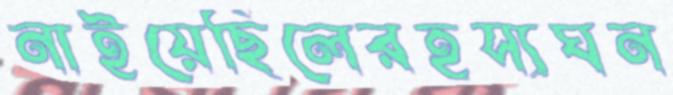
নাইয়েছিলেরহস্যঘন